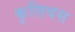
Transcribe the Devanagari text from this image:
कृत्तिवस